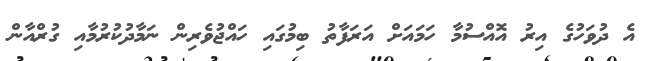
އެ ދުވަހުގެ އިރު އޮއްސުމާ ހަމައަށް އަރަފާތު ބިމުގައި ހައްޖުވެރިން ނަމާދުކުރުމާއި ގުރްއާން